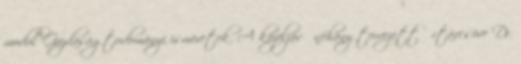
modul Gazdaságtudományi ismeretek. A közeljövő néhány tervezett űrtávcsöve Dr.